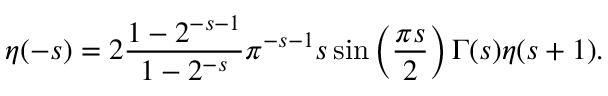
\eta ( - s ) = 2 { \frac { 1 - 2 ^ { - s - 1 } } { 1 - 2 ^ { - s } } } \pi ^ { - s - 1 } s \sin \left( { \frac { \pi s } { 2 } } \right) \Gamma ( s ) \eta ( s + 1 ) .